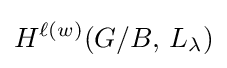
H^{\ell (w)}(G/B,\,L_{\lambda })